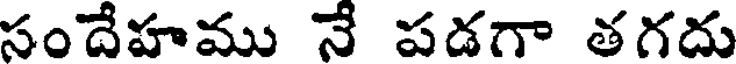
సందేహము నే పడగా తగదు